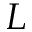
L